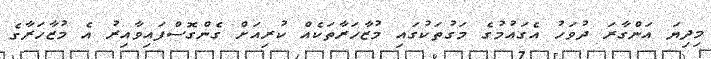
މިދިޔަ އަންގާރަ ދުވަހު އެގައުމުގެ މަގުތަކުގައި މުޒާހަރާތަކެއް ކުރިއަށް ގެންގޮސްފައިވާއިރު އެ މުޒާހަރާގެ